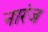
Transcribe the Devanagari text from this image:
नारंज